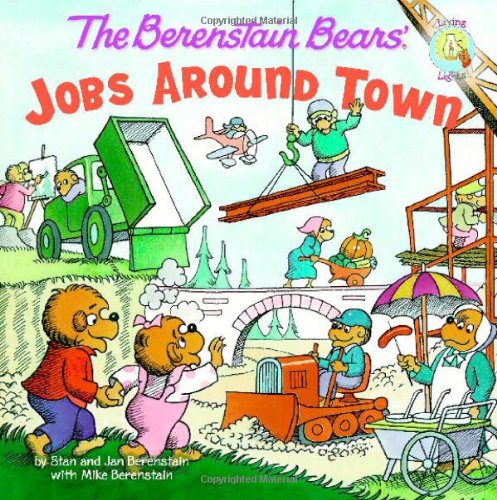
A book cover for The Berenstain Bears: Jobs Around Town (Berenstain Bears/Living Lights); Stan Berenstain; Christian Books & Bibles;